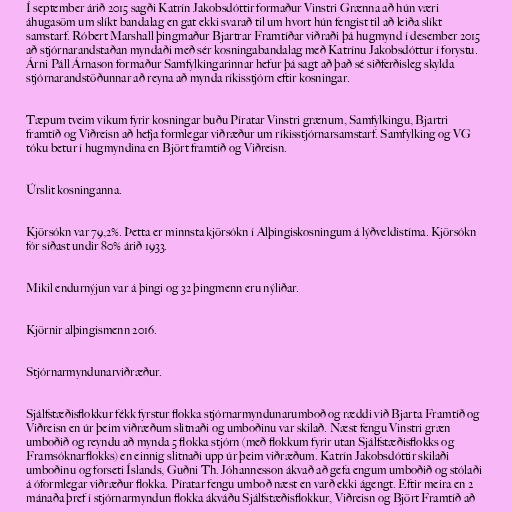
Í september árið 2015 sagði Katrín Jakobsdóttir formaður Vinstri Grænna að hún væri
áhugasöm um slíkt bandalag en gat ekki svarað til um hvort hún fengist til að leiða slíkt
samstarf. Róbert Marshall þingmaður Bjartrar Framtíðar viðraði þá hugmynd í desember 2015
að stjórnarandstaðan myndaði með sér kosningabandalag með Katrínu Jakobsdóttur í forystu.
Árni Páll Árnason formaður Samfylkingarinnar hefur þá sagt að það sé siðferðisleg skylda
stjórnarandstöðunnar að reyna að mynda ríkisstjórn eftir kosningar.

Tæpum tveim vikum fyrir kosningar buðu Píratar Vinstri grænum, Samfylkingu, Bjartri
framtíð og Viðreisn að hefja formlegar viðræður um ríkisstjórnarsamstarf. Samfylking og VG
tóku betur í hugmyndina en Björt framtíð og Viðreisn.

Úrslit kosninganna.

Kjörsókn var 79,2%. Þetta er minnsta kjörsókn í Alþingiskosningum á lýðveldistíma. Kjörsókn
fór síðast undir 80% árið 1933.

Mikil endurnýjun var á þingi og 32 þingmenn eru nýliðar.

Kjörnir alþingismenn 2016.

Stjórnarmyndunarviðræður.

Sjálfstæðisflokkur fékk fyrstur flokka stjórnarmyndunarumboð og ræddi við Bjarta Framtíð og
Viðreisn en úr þeim viðræðum slitnaði og umboðinu var skilað. Næst fengu Vinstri græn
umboðið og reyndu að mynda 5 flokka stjórn (með flokkum fyrir utan Sjálfstæðisflokks og
Framsóknarflokks) en einnig slitnaði upp úr þeim viðræðum. Katrín Jakobsdóttir skilaði
umboðinu og forseti Íslands, Guðni Th. Jóhannesson ákvað að gefa engum umboðið og stólaði
á óformlegar viðræður flokka. Píratar fengu umboð næst en varð ekki ágengt. Eftir meira en 2
mánaða þref í stjórnarmyndun flokka ákváðu Sjálfstæðisflokkur, Viðreisn og Björt Framtíð að